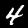
Label: 4